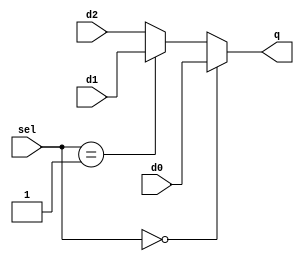
`timescale 1ns / 1ps
//////////////////////////////////////////////////////////////////////////////////
// Company: 
// Engineer: 
// 
// Design Name: 
// Module Name: mux3
// Project Name: 
// Target Devices: 
// Tool Versions: 
// Description: 
// 
// Dependencies: 
// 
// Revision:
// Revision 0.01 - File Created
// Additional Comments:
// 
//////////////////////////////////////////////////////////////////////////////////


module mux3 #(parameter WIDTH = 32)(
    input  [WIDTH-1:0] d0, d1, d2,
    input  [1:0] sel,
    output [WIDTH-1:0] q
    );

    assign q = (sel == 2'd0) ? d0 : ((sel == 2'd1) ? d1 : d2);

endmodule